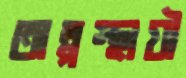
অল্পস্থায়ী